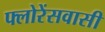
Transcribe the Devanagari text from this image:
फ्लोरेंसवासी